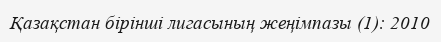
Қазақстан бірінші лигасының жеңімпазы (1): 2010